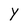
Character: Y